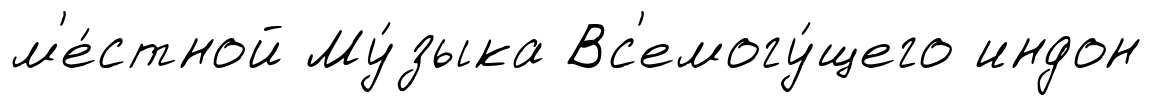
м'е́стной Му́зыка Вс'емогу́щего индон